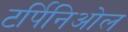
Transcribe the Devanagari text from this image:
टर्पिनिओल